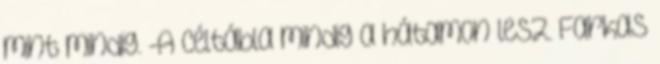
mint mindig. -A céltábla mindig a hátamon lesz. Farkas